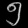
Digit: ၅